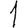
Digit: 1